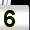
Digit: 5